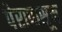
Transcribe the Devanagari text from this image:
पेरापासून